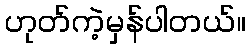
ဟုတ်ကဲ့မှန်ပါတယ်။